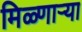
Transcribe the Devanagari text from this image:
मिळ्णाऱ्या